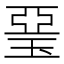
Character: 琧